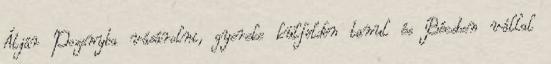
Átjár Pozsnyba vásárolni, gyereke külföldön tanul és Bécsben vállal